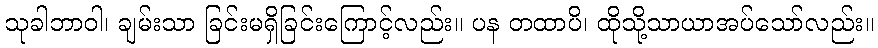
သုခါဘာဝါ၊ ချမ်းသာ ခြင်းမရှိခြင်းကြောင့်လည်း။ ပန တထာပိ၊ ထိုသို့သာယာအပ်သော်လည်း။